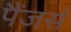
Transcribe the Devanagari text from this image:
पैंजर्स